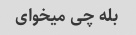
بله چی میخوای